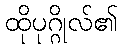
ထိုပုဂ္ဂိုလ်၏